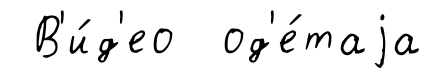
В'и́д'ео од'е́таjа